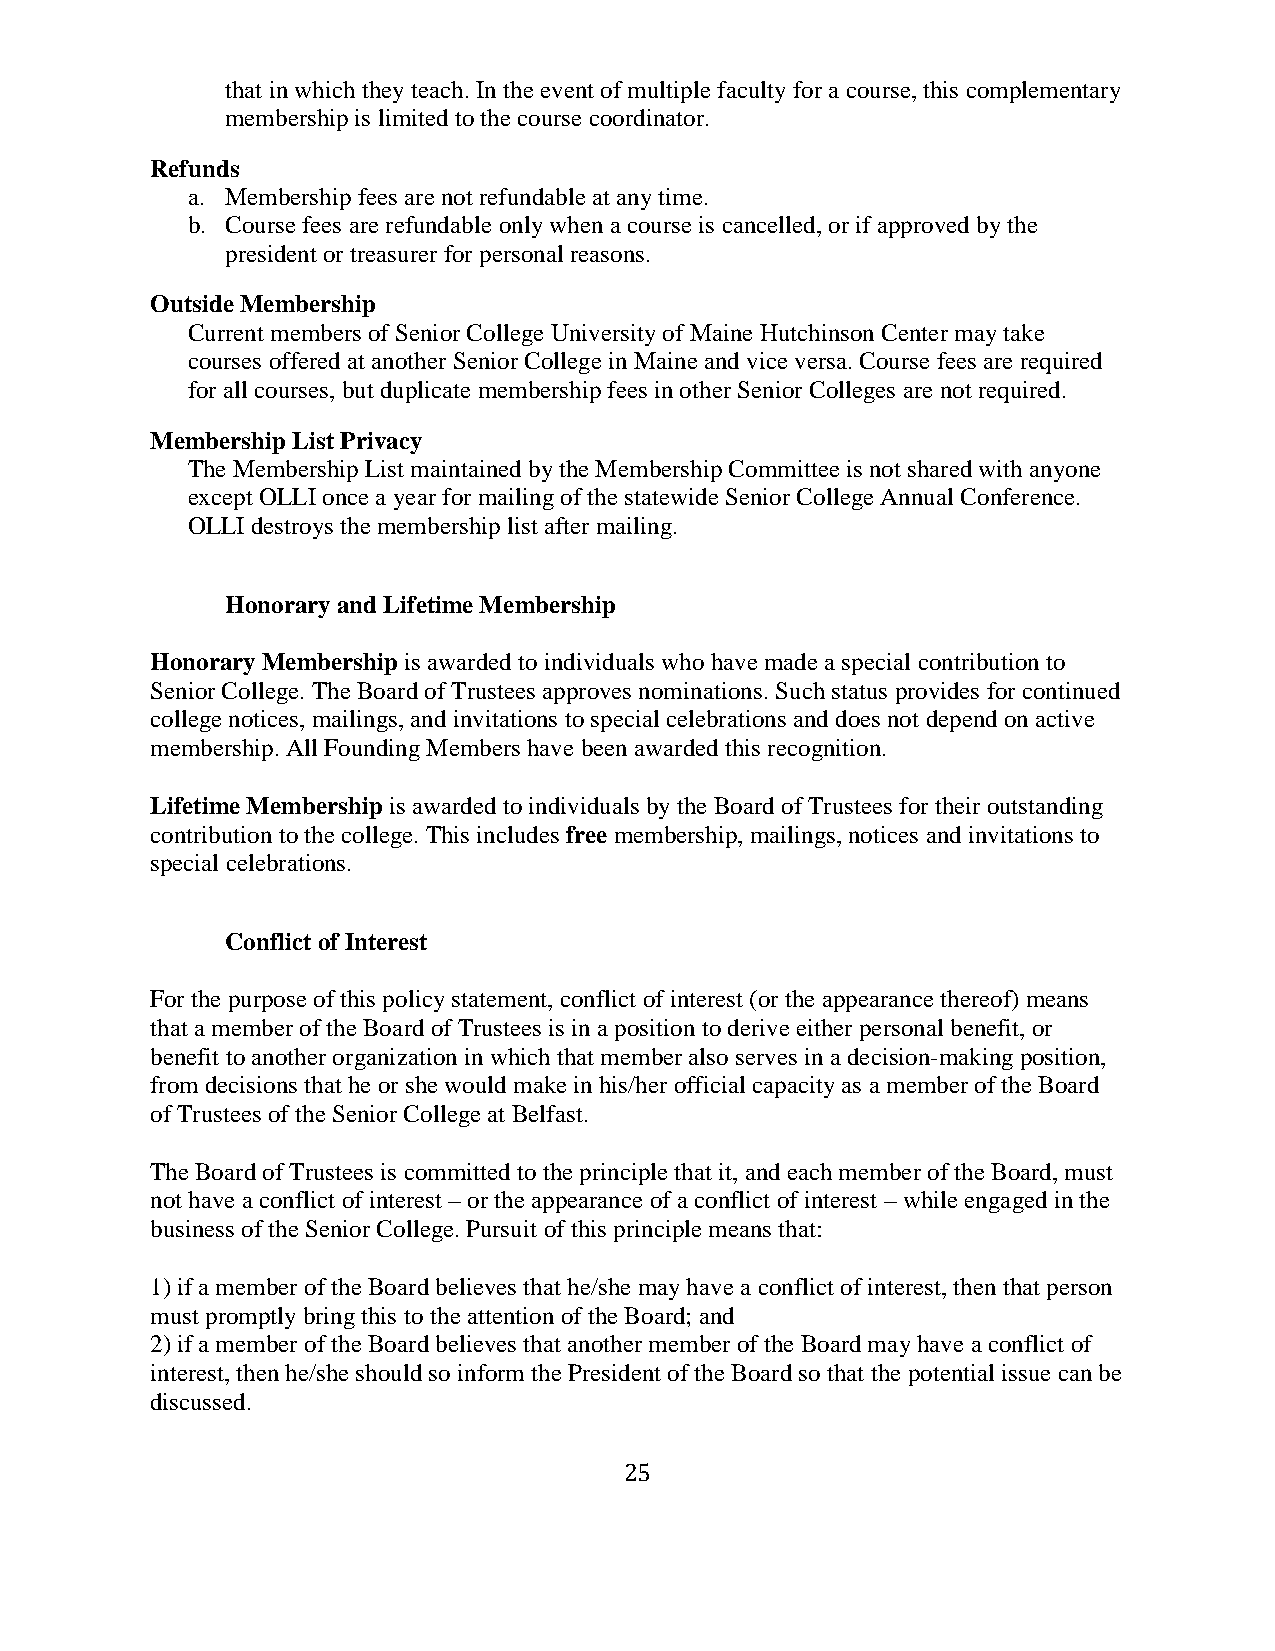
that in which they teach. In the event of multiple faculty for a course, this complementary
 membership is limited to the course coordinator.
 Refunds
 a. Membership fees are not refundable at any time.
 b. Course fees are refundable only when a course is cancelled, or if approved by the
 president or treasurer for personal reasons.
 Outside Membership
 Current members of Senior College University of Maine Hutchinson Center may take
 courses offered at another Senior College in Maine and vice versa. Course fees are required
 for all courses, but duplicate membership fees in other Senior Colleges are not required.
 Membership List Privacy
 The Membership List maintained by the Membership Committee is not shared with anyone
 except OLLI once a year for mailing of the statewide Senior College Annual Conference.
 OLLI destroys the membership list after mailing.
 Honorary and Lifetime Membership
 Honorary Membership is awarded to individuals who have made a special contribution to
 Senior College. The Board of Trustees approves nominations. Such status provides for continued
 college notices, mailings, and invitations to special celebrations and does not depend on active
 membership. All Founding Members have been awarded this recognition.
 Lifetime Membership is awarded to individuals by the Board of Trustees for their outstanding
 contribution to the college. This includes free membership, mailings, notices and invitations to
 special celebrations.
 Conflict of Interest
 For the purpose of this policy statement, conflict of interest (or the appearance thereof) means
 that a member of the Board of Trustees is in a position to derive either personal benefit, or
 benefit to another organization in which that member also serves in a decision-making position,
 from decisions that he or she would make in his/her official capacity as a member of the Board
 of Trustees of the Senior College at Belfast.
 The Board of Trustees is committed to the principle that it, and each member of the Board, must
 not have a conflict of interest – or the appearance of a conflict of interest – while engaged in the
 business of the Senior College. Pursuit of this principle means that:
 1) if a member of the Board believes that he/she may have a conflict of interest, then that person
 must promptly bring this to the attention of the Board; and
 2) if a member of the Board believes that another member of the Board may have a conflict of
 interest, then he/she should so inform the President of the Board so that the potential issue can be
 discussed.
 25